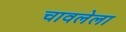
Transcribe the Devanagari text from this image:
चावलेला